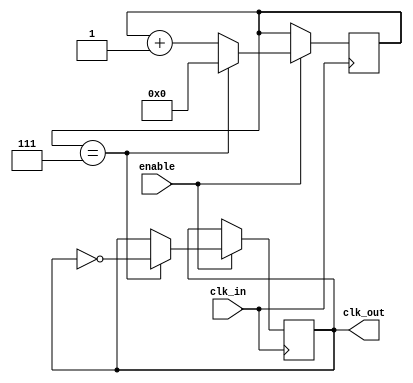
module clock_divider (
    input wire clk_in,
    input wire enable,
    output reg clk_out
);

reg [N-1:0] counter;
parameter N = 8; // change N as needed to adjust the range of division factors

always @(posedge clk_in) begin
    if (enable) begin
        if (counter == N-1) begin
            counter <= 0;
            clk_out <= ~clk_out;
        end else begin
            counter <= counter + 1;
        end
    end
end

endmodule